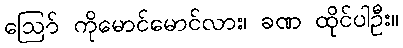
ဪ ကိုမောင်မောင်လား၊ ခဏ ထိုင်ပါဦး။